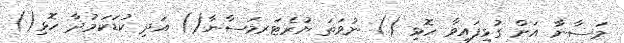
މަސާނާ އަށް ގުޅިފައިވާ ހޮޅި () ނުވަތަ ޔުރެޓަރމަސާނާ() އަދި ކުޑަކަމުދާ ހޮޅި()